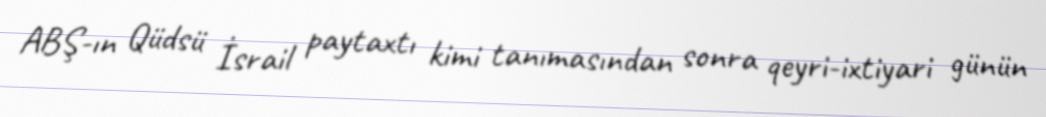
ABŞ-ın Qüdsü İsrail paytaxtı kimi tanımasından sonra qeyri-ixtiyari günün